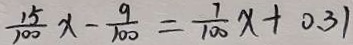
\frac { 1 5 } { 1 0 0 } x - \frac { 9 } { 1 0 0 } = \frac { 7 } { 1 0 0 } x + 0 . 3 1